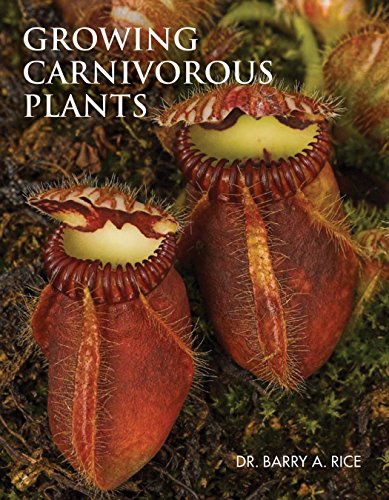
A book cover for Growing Carnivorous Plants; Barry Rice; Crafts, Hobbies & Home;